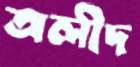
অলীদ